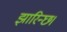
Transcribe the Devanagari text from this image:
झारिन्छ।